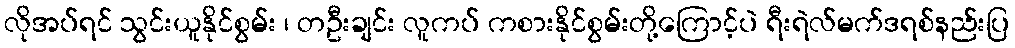
လိုအပ်ရင် သွင်းယူနိုင်စွမ်း ၊ တဦးချင်း လူကပ် ကစားနိုင်စွမ်းတို့ကြောင့်ပဲ ရီးရဲလ်မက်ဒရစ်နည်းပြ